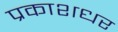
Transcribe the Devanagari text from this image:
प्रकाशधर